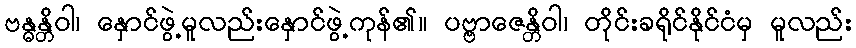
ဗန္ဓန္တိဝါ၊ နှောင်ဖွဲ့မူလည်းနှောင်ဖွဲ့ကုန်၏။ ပဗ္ဗာဇေန္တိဝါ၊ တိုင်းခရိုင်နိုင်ငံမှ မူလည်း